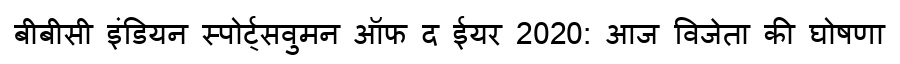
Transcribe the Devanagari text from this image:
बीबीसी इंडियन स्पोर्ट्सवुमन ऑफ द ईयर 2020: आज विजेता की घोषणा